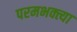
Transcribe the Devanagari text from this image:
परमभक्त्या